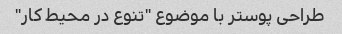
طراحی پوستر با موضوع "تنوع در محیط کار"